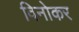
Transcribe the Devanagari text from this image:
विनोकर